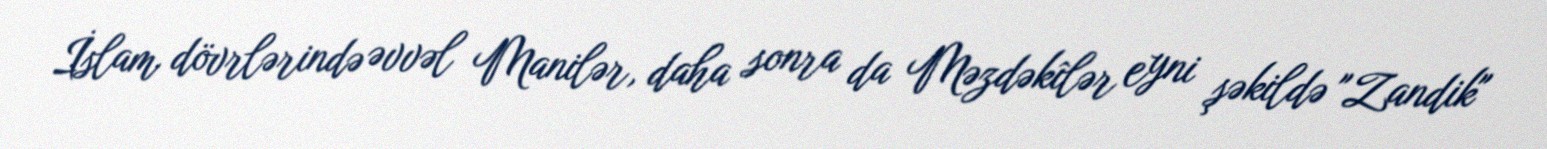
İslam dövrlərində əvvəl Manilər, daha sonra da Məzdəkîlər eyni şəkildə "Zandik"